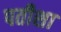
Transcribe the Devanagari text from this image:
पतीशा